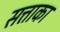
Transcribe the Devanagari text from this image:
सत्ताका